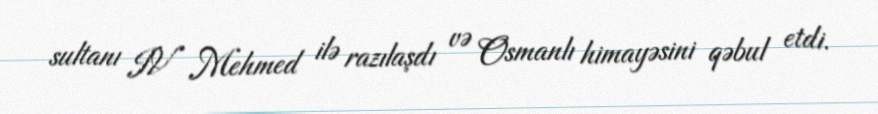
sultanı IV Mehmed ilə razılaşdı və Osmanlı himayəsini qəbul etdi.